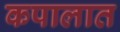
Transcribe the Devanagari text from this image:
कपालात